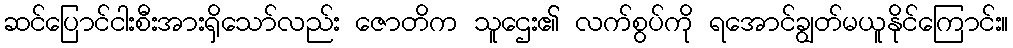
ဆင်ပြောင်ငါးစီးအားရှိသော်လည်း ဇောတိက သူဌေး၏ လက်စွပ်ကို ရအောင်ချွတ်မယူနိုင်ကြောင်း။